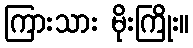
ကြားသား မိုးကြိုး။